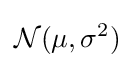
{\mathcal {N}}(\mu ,\sigma ^{2})